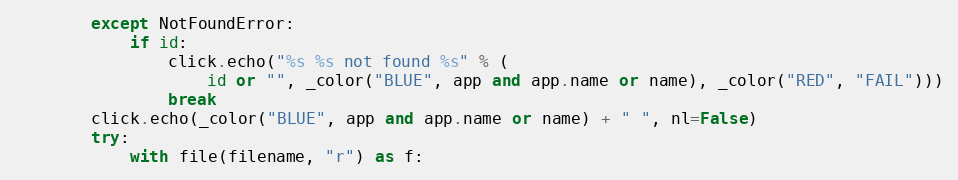
Language: Python
        except NotFoundError:
            if id:
                click.echo("%s %s not found %s" % (
                    id or "", _color("BLUE", app and app.name or name), _color("RED", "FAIL")))
                break
        click.echo(_color("BLUE", app and app.name or name) + " ", nl=False)
        try:
            with file(filename, "r") as f: